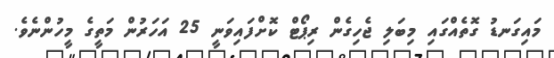
މައިގަނޑު ގޮތެއްގައި މިބަލި ޖެހިގެން ރިޕޯޓް ކޮށްފައިވަނީ 25 އަހަރުން މަތީގެ މީހުންނެވެ.